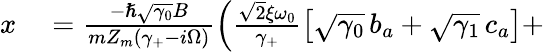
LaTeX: \begin{array}{rl}{x}&{{}=\frac{-\hslash\sqrt{\gamma_{0}}B}{mZ_{m}(\gamma_{+}-i\Omega)}\left(\frac{\sqrt 2\xi\omega_{0}}{\gamma_{+}}\big[\sqrt{\gamma_{0}}\, b_{a}+\sqrt{\gamma_{1}}\, c_{a}\big]+\right.}\end{array}